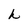
Character: h